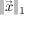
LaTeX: \| { \vec { x } } \| _ { 1 }